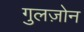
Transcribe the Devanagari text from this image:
गुलज़ोन